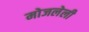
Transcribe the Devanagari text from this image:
मोजलेली